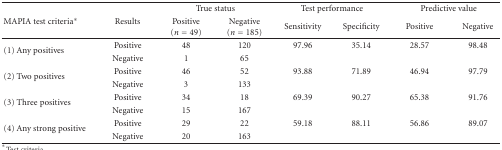
<table><thead><tr><td rowspan="2"><b>MAPIA test criteria*</b></td><td rowspan="2"><b>Results</b></td><td colspan="2"><b>True status</b></td><td colspan="2"><b>Test performance</b></td><td colspan="2"><b>Predictive value</b></td></tr><tr><td><b>Positive (<i>n</i> = 49)</b></td><td><b>Negative (<i>n</i> = 185)</b></td><td><b>Sensitivity</b></td><td><b>Specificity</b></td><td><b>Positive</b></td><td><b>Negative </b></td></tr></thead><tbody><tr><td rowspan="2">(1) Any positives</td><td>Positive</td><td>48</td><td>120</td><td>97.96</td><td>35.14</td><td>28.57</td><td>98.48</td></tr><tr><td>Negative</td><td>1</td><td>65</td><td></td><td></td><td></td><td></td></tr><tr><td rowspan="2">(2) Two positives</td><td>Positive</td><td>46</td><td>52</td><td>93.88</td><td>71.89</td><td>46.94</td><td>97.79</td></tr><tr><td>Negative</td><td>3</td><td>133</td><td></td><td></td><td></td><td></td></tr><tr><td rowspan="2">(3) Three positives</td><td>Positive</td><td>34</td><td>18</td><td>69.39</td><td>90.27</td><td>65.38</td><td>91.76</td></tr><tr><td>Negative</td><td>15</td><td>167</td><td></td><td></td><td></td><td></td></tr><tr><td rowspan="2">(4) Any strong positive</td><td>Positive</td><td>29</td><td>22</td><td>59.18</td><td>88.11</td><td>56.86</td><td>89.07</td></tr><tr><td>Negative</td><td>20</td><td>163</td><td></td><td></td><td></td><td></td></tr></tbody></table>